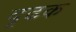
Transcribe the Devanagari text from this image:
दृढक